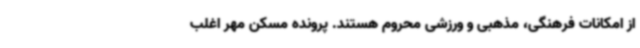
از امکانات فرهنگی، مذهبی و ورزشی محروم هستند. پرونده مسکن مهر اغلب